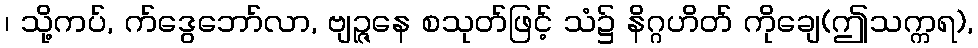
၊ သို့ကပ်, က်ဒွေဘော်လာ, ဗျဉ္ဇနေ စသုတ်ဖြင့် သံ၌ နိဂ္ဂဟိတ် ကိုချေ(ဤသက္ကရ),